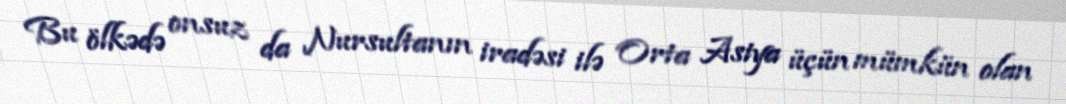
Bu ölkədə onsuz da Nursultanın iradəsi ilə Orta Asiya üçün mümkün olan